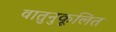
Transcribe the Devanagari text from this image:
वातुनुकूलित